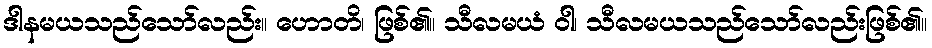
ဒါနမယသည်သော်လည်း။ ဟောတိ၊ ဖြစ်၏။ သီလမယံ ဝါ၊ သီလမယသည်သော်လည်းဖြစ်၏။